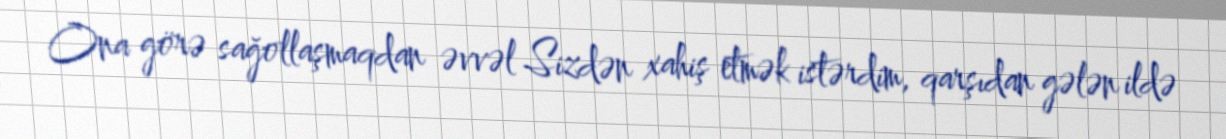
Ona görə sağollaşmaqdan əvvəl Sizdən xahiş etmək istərdim, qarşıdan gələn ildə